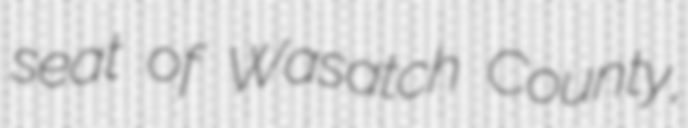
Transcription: seat of Wasatch County,